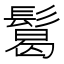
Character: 𩮂